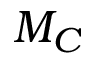
M _ { C }